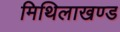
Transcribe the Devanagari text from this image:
मिथिलाखण्ड